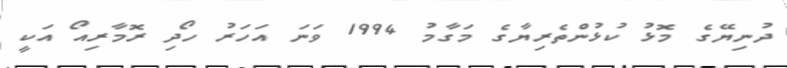
ދުނިޔޭގެ މޮޅު ކުޅުންތެރިޔާގެ މަގާމު 1994 ވަނަ އަހަރު ހޯދި ރޮމާރިއޯ އަކީ